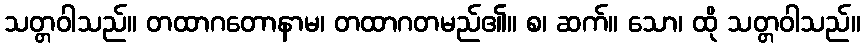
သတ္တဝါသည်။ တထာဂတောနာမ၊ တထာဂတမည်၏။ စ၊ ဆက်။ သော၊ ထို သတ္တဝါသည်။